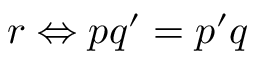
r \Leftrightarrow p q ^ { \prime } = p ^ { \prime } q